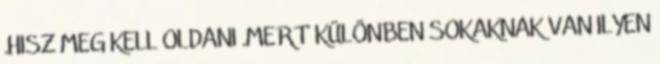
.HISZ MEG KELL OLDANI .MERT KÜLÖNBEN SOKAKNAK VAN ILYEN